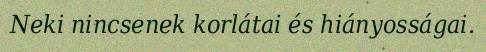
Neki nincsenek korlátai és hiányosságai.